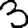
Digit: 3